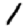
Digit: 1